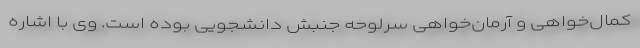
کمال‌خواهی و آرمان‌خواهی سرلوحه جنبش دانشجویی بوده است. وی با اشاره